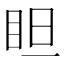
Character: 𥅃